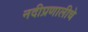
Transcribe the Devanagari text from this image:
नदीप्रणालीचे